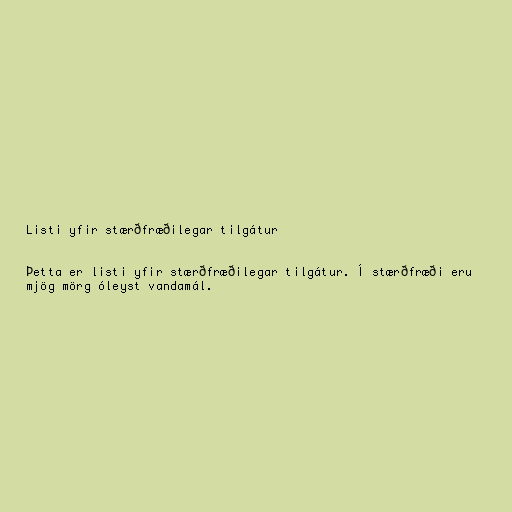
Listi yfir stærðfræðilegar tilgátur

Þetta er listi yfir stærðfræðilegar tilgátur. Í stærðfræði eru
mjög mörg óleyst vandamál.